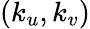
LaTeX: (k_{u},k_{v})